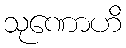
သုဏောဟိ